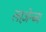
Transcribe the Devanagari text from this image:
लाज़ेन्ब्य